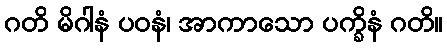
ဂတိ မိဂါနံ ပဝနံ၊ အာကာသော ပက္ခိနံ ဂတိ။